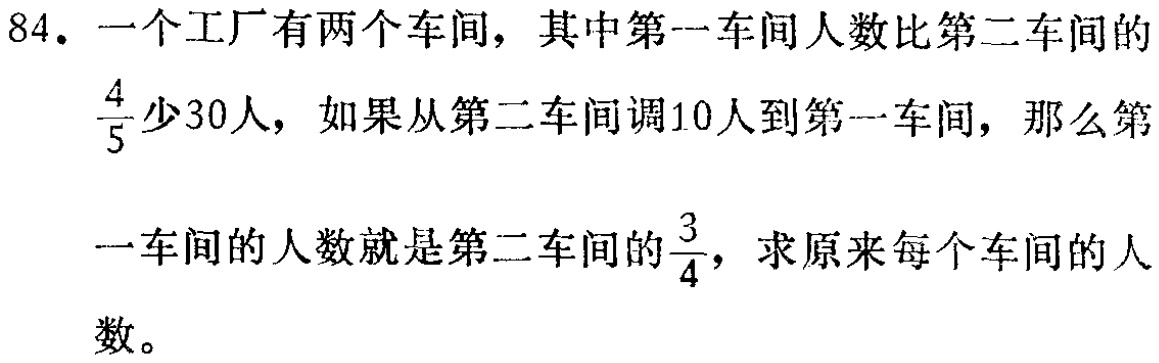
84. 一个工厂有两个车间，其中第一车间人数比第二车间的$\frac{4}{5}$少30人，如果从第二车间调10人到第一车间，那么第一车间的人数就是第二车间的$\frac{3}{4}$，求原来每个车间的人数。